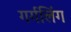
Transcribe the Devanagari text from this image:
गर्गलिंग